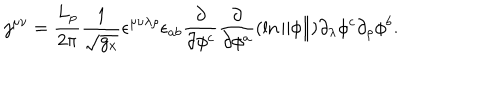
LaTeX: j ^ { \mu \nu } = \frac { L _ { p } } { 2 \pi } \frac 1 { \sqrt { g _ { x } } } \epsilon ^ { \mu \nu \lambda \rho } \epsilon _ { a b } \frac \partial { \partial \phi ^ { c } } \frac \partial { \partial \phi ^ { a } } ( \ln \Vert \phi \Vert ) \partial _ { \lambda } \phi ^ { c } \partial _ { \rho } \phi ^ { b } .